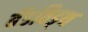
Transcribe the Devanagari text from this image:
बॅडविड्थ